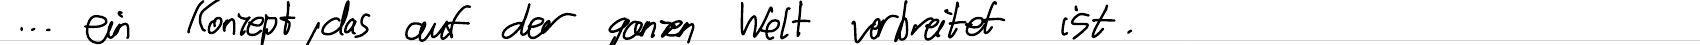
... ein Konzept, das auf der ganzen Welt verbreitet ist.